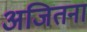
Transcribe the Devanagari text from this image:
अजितना